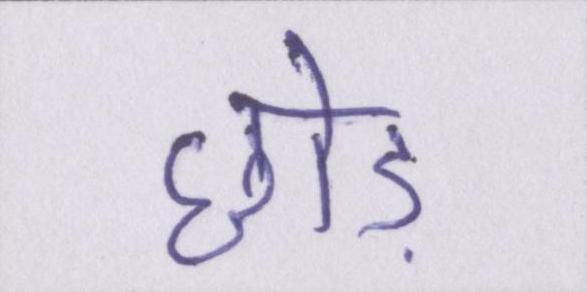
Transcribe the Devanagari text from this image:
छोड़